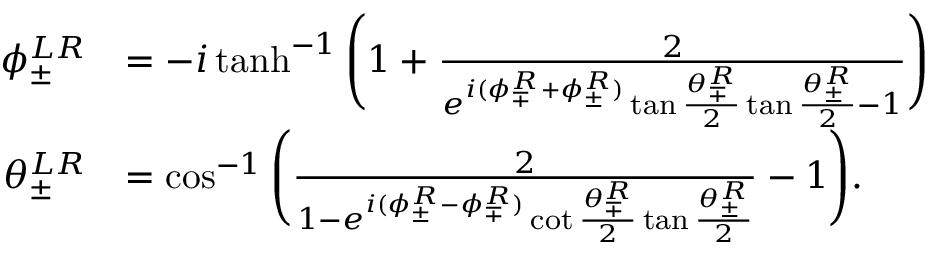
\begin{array} { r l } { \phi _ { \pm } ^ { L R } } & { = - i \operatorname { t a n h } ^ { - 1 } \Bigg ( 1 + \frac { 2 } { e ^ { i ( \phi _ { \mp } ^ { R } + \phi _ { \pm } ^ { R } ) } \tan { \frac { \theta _ { \mp } ^ { R } } { 2 } } \tan { \frac { \theta _ { \pm } ^ { R } } { 2 } } - 1 } \Bigg ) } \\ { \theta _ { \pm } ^ { L R } } & { = \cos ^ { - 1 } { \Bigg ( \frac { 2 } { 1 - e ^ { i ( \phi _ { \pm } ^ { R } - \phi _ { \mp } ^ { R } ) } \cot { \frac { \theta _ { \mp } ^ { R } } { 2 } } \tan { \frac { \theta _ { \pm } ^ { R } } { 2 } } } - 1 \Bigg ) } . } \end{array}